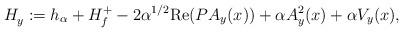
LaTeX: \begin{align*}H_y^{} := h_{\alpha} + H_f^+ - 2 \alpha^{1/2} \mathrm{Re} (P A_{y}(x)) + \alpha A^2_{y}(x) + \alpha V_y(x),\end{align*}